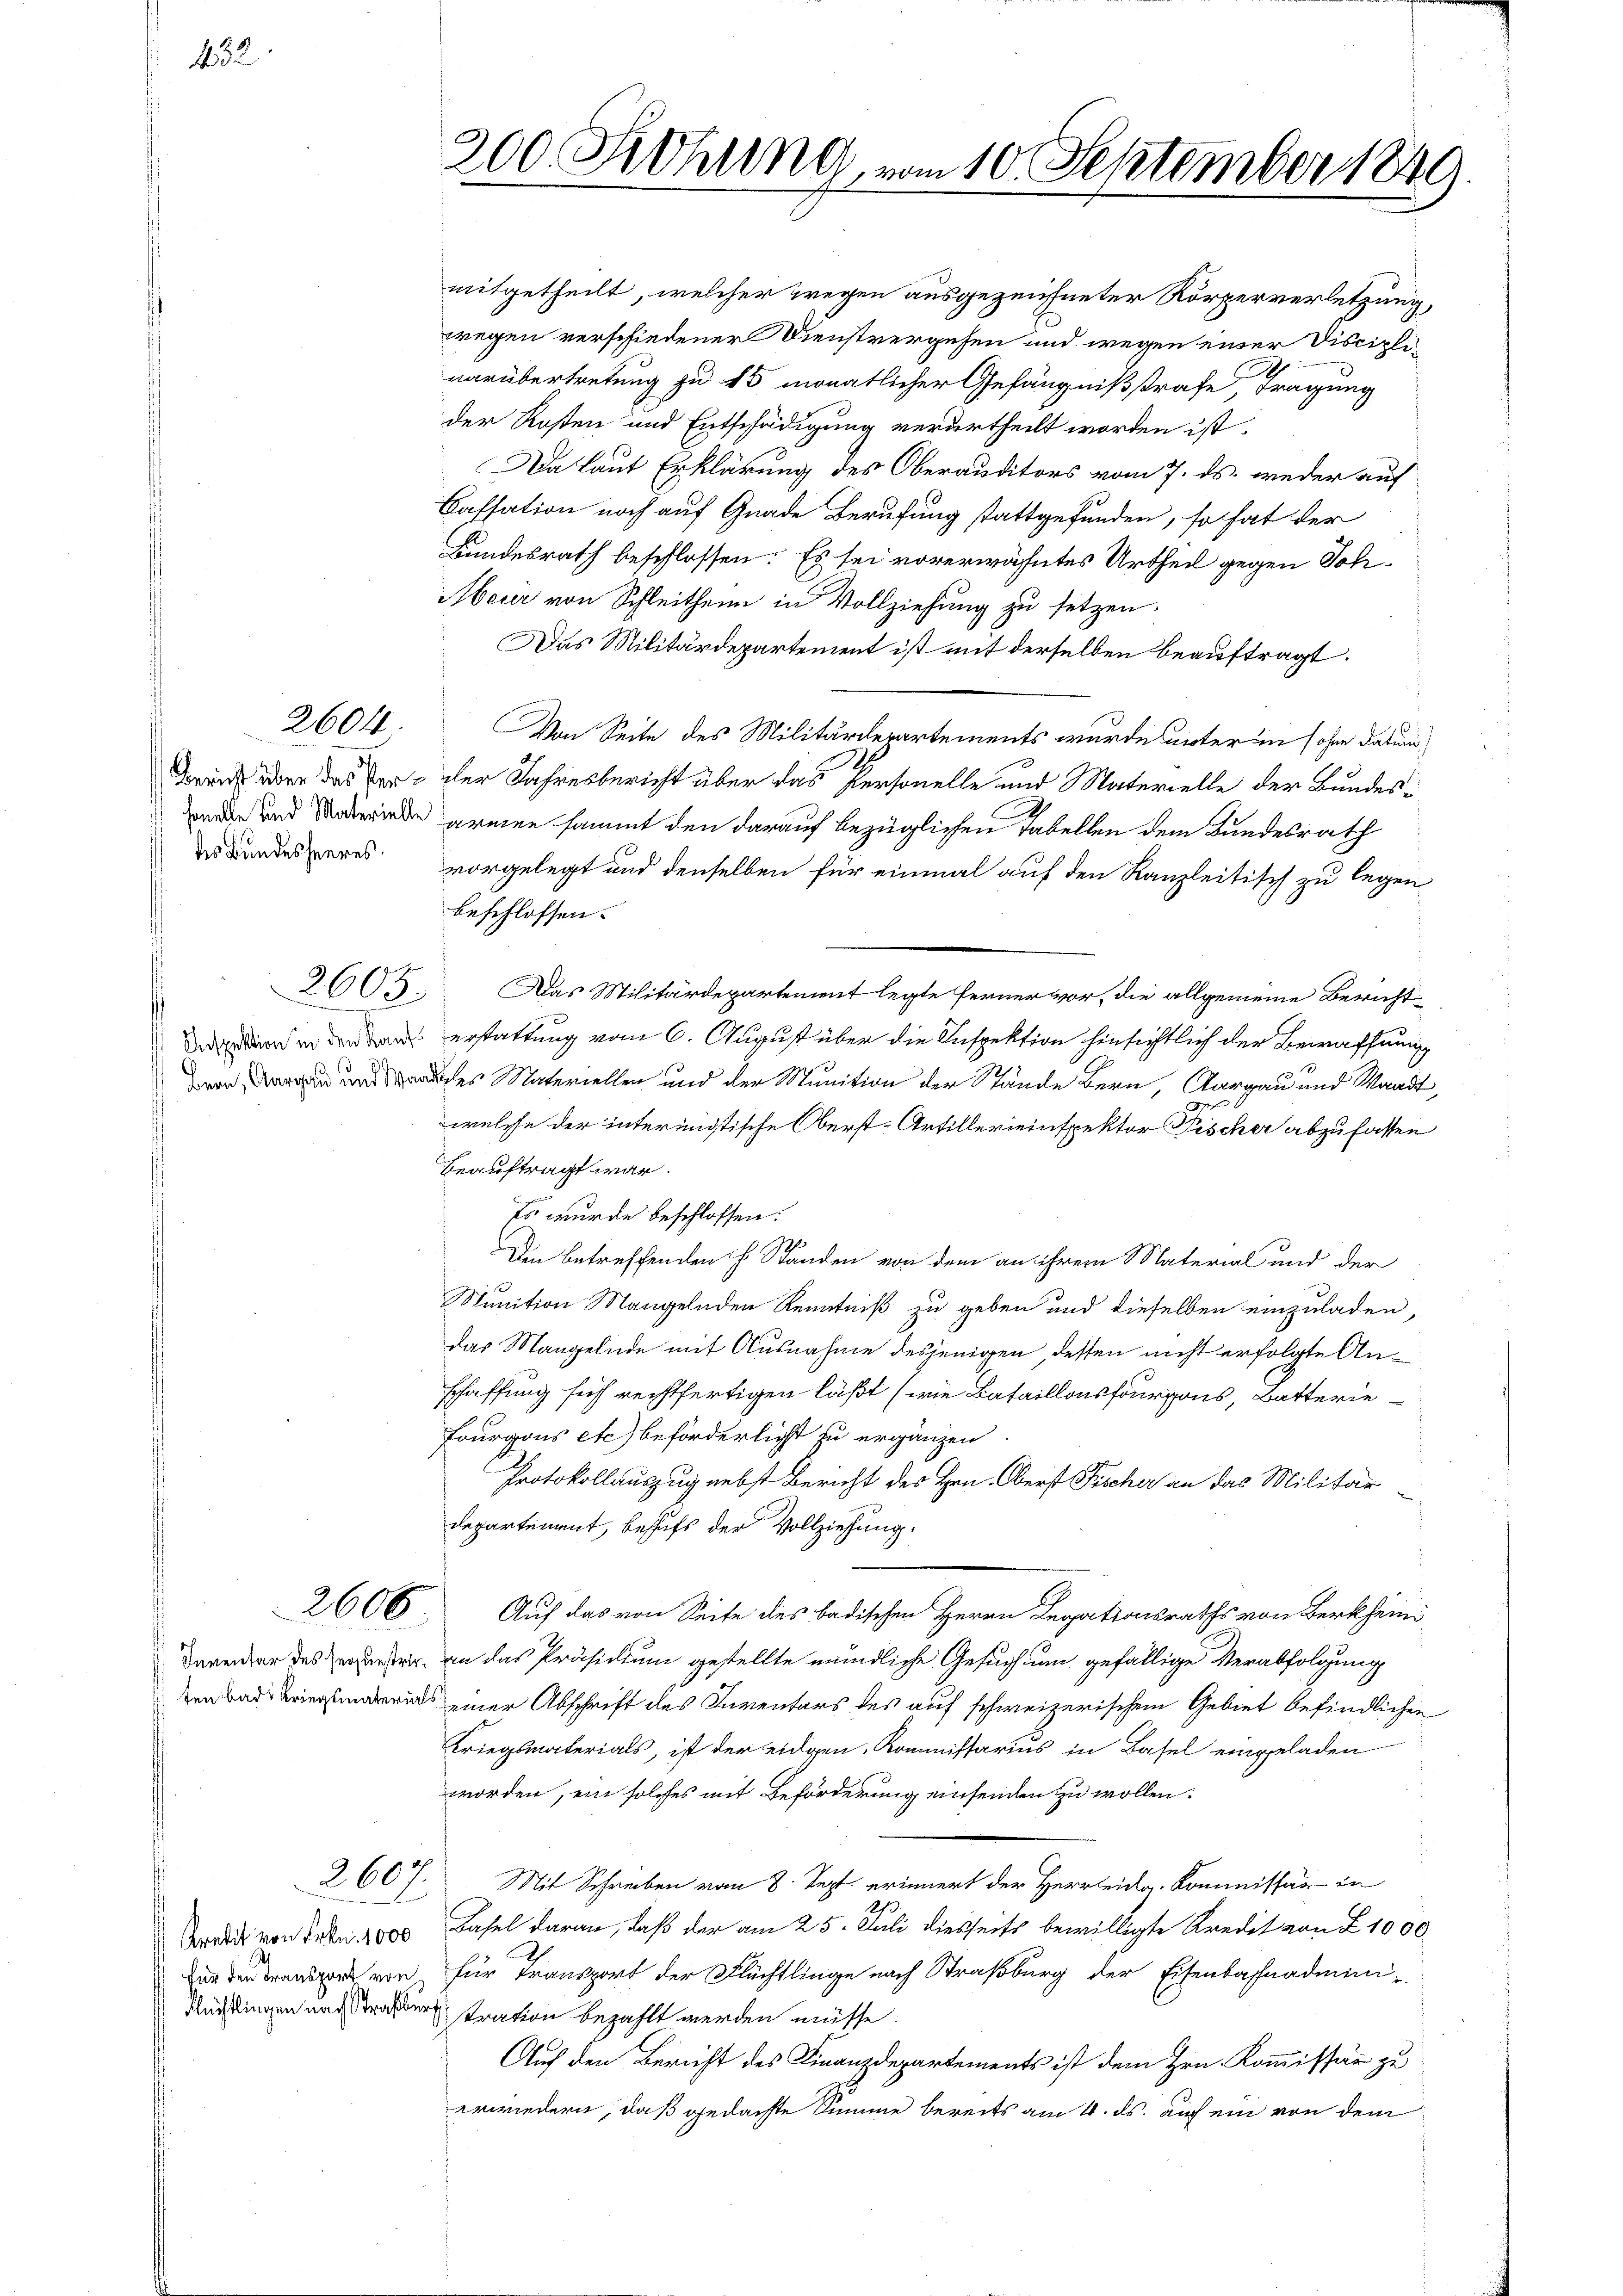
432

2604.

des Bundesheeres.

2605.

2606

2607.

200 Kohung vom 10. September 1849.

mitgetheilt, welcher wegen ausgezeichneter Körperverletzung,
wegen verschiedener Dienstvergehen und wegen einer Disciplinarübertretung zu 15 monatlicher Gefängnißstrafe, Tragung
der Rosten und Entschädigung verurtheilt worden ist.
Da laut Erklärung des Oberauditors vom 7. ds. weder auf
Cassation noch auf Gnade Berufung stattgefunden, so hat der
Bundesrath beschlossen: Es sei vorerwähntes Urtheil gegen Soh¬
Meur von Schleitheim in Vollziehung zu setzen.
Das Militärdepartement ist mit derselben beauftragt.
Von Seite des Militärdepartements wurde unter in sohne datum
Brand über das Ver- der Jahresbericht über das Personelle und Materielle der Bundes¬
 und rede armen sammt den darauf bezüglichen Tabellen dem Bundesrath
vorgelegt und denselben für einmal auf den Kanzleitisch zu legen
beschlossen:
Das Militärdepartement legte Ferner vor, die allgemeine Bericht
nd in den Band erstattung vom 6. August über die Inspektion hinsichtlich der Bewaffnung
es Materiellen und der Munition der Stände Bern, Aargau und Standt,
welche der interenistische Oberst-Artillerieinspektor Pischer abzufassen
beauftragt war.
Es wurde beschlossen:
Die betreffenden H. Ständen von dem an ihrem Material und der
Sunition Mangelnden Kenntniß zu geben und dieselben einzuladen,
das Mangelnde mit Ausnahme desjenigen, dessen nicht erfolgte Anschaffung sich rechtfertigen läßt (wie Bataillonsfourgons, Batterie
Fourgons etc.) beförderlicht zu ergänzen.
Protokollauszug nebst Bericht des Hrn. Oberst Fischer an das Militär
departement, behufs der Vollziehung.
Auf das von Seite des badischen Herrn Legationsraths von Berkheini
Daventar des rente, an das Präsidium gestellte mündliche Gesuch um gefällige Verabfolgung
 einer Abschrift des Inventars des auf schweizerischem Gebiet befindlichen
Kriegsmaterials, ist der eidgen. Kommissarius in Basel eingeladen
worden, ein solches mit Beförderung einsenden zu wollen.
Mit Schreiben vom 8. Sept. erinnert der Herrleidg. Kommissär in
e
Bredit von Frkn. 1800 Basel daran, daß der am 25. Juli diesseits bewilligte Kredit von Z. 1000
2.
Die von für Transport der Flüchtlinge nach Straßburg der Eisenbahnadmini-
Rüchtingen nach Straßerstration bezahlt werden müsse:
Auf den Bericht des Finanzdepartements ist dem Hrn. Kommissär zu
erwiedern, daß gedachte Summe bereits am 4. ds. auf ein von dem